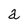
Character: a